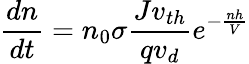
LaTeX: \frac{dn}{dt}=n_{0}\sigma\frac{Jv_{th}}{qv_{d}}e^{-\frac{nh}{V}}